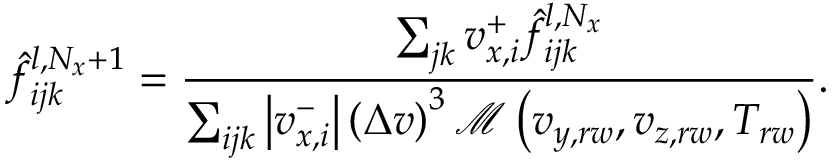
\hat { f } _ { i j k } ^ { l , N _ { x } + 1 } = \frac { \sum _ { j k } v _ { x , i } ^ { + } \hat { f } _ { i j k } ^ { l , N _ { x } } } { \sum _ { i j k } \left| v _ { x , i } ^ { - } \right| \left( \Delta v \right) ^ { 3 } \mathcal { M } \left( v _ { y , r w } , v _ { z , r w } , T _ { r w } \right) } .